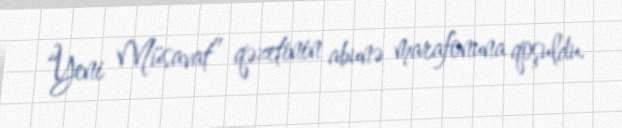
“Yeni Müsavat” qəzetinin abunə marafonuna qoşuldu.